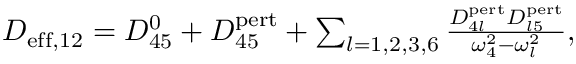
\begin{array} { r } { D _ { \mathrm { e f f } , 1 2 } = D _ { 4 5 } ^ { 0 } + D _ { 4 5 } ^ { \mathrm { p e r t } } + \sum _ { l = 1 , 2 , 3 , 6 } \frac { D _ { 4 l } ^ { \mathrm { p e r t } } D _ { l 5 } ^ { \mathrm { p e r t } } } { \omega _ { 4 } ^ { 2 } - \omega _ { l } ^ { 2 } } , } \end{array}